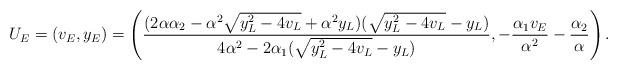
\begin{align*}U_E=(v_E,y_E)=\left(\frac{(2\alpha \alpha_2-\alpha^2\sqrt{y_L^2-4v_L}+\alpha^2 y_L)(\sqrt{y_L^2-4v_L}-y_L)}{4\alpha^2-2\alpha_1(\sqrt{y_L^2-4v_L}-y_L)}, -\frac{\alpha_1 v_E}{\alpha^2}-\frac{\alpha_2}{\alpha} \right).\end{align*}